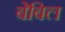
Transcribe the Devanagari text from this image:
बेबिल